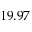
1 9 . 9 7